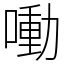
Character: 㗢